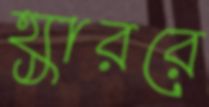
হ্যাররে